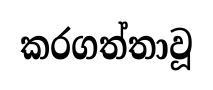
කරගත්තාවූ